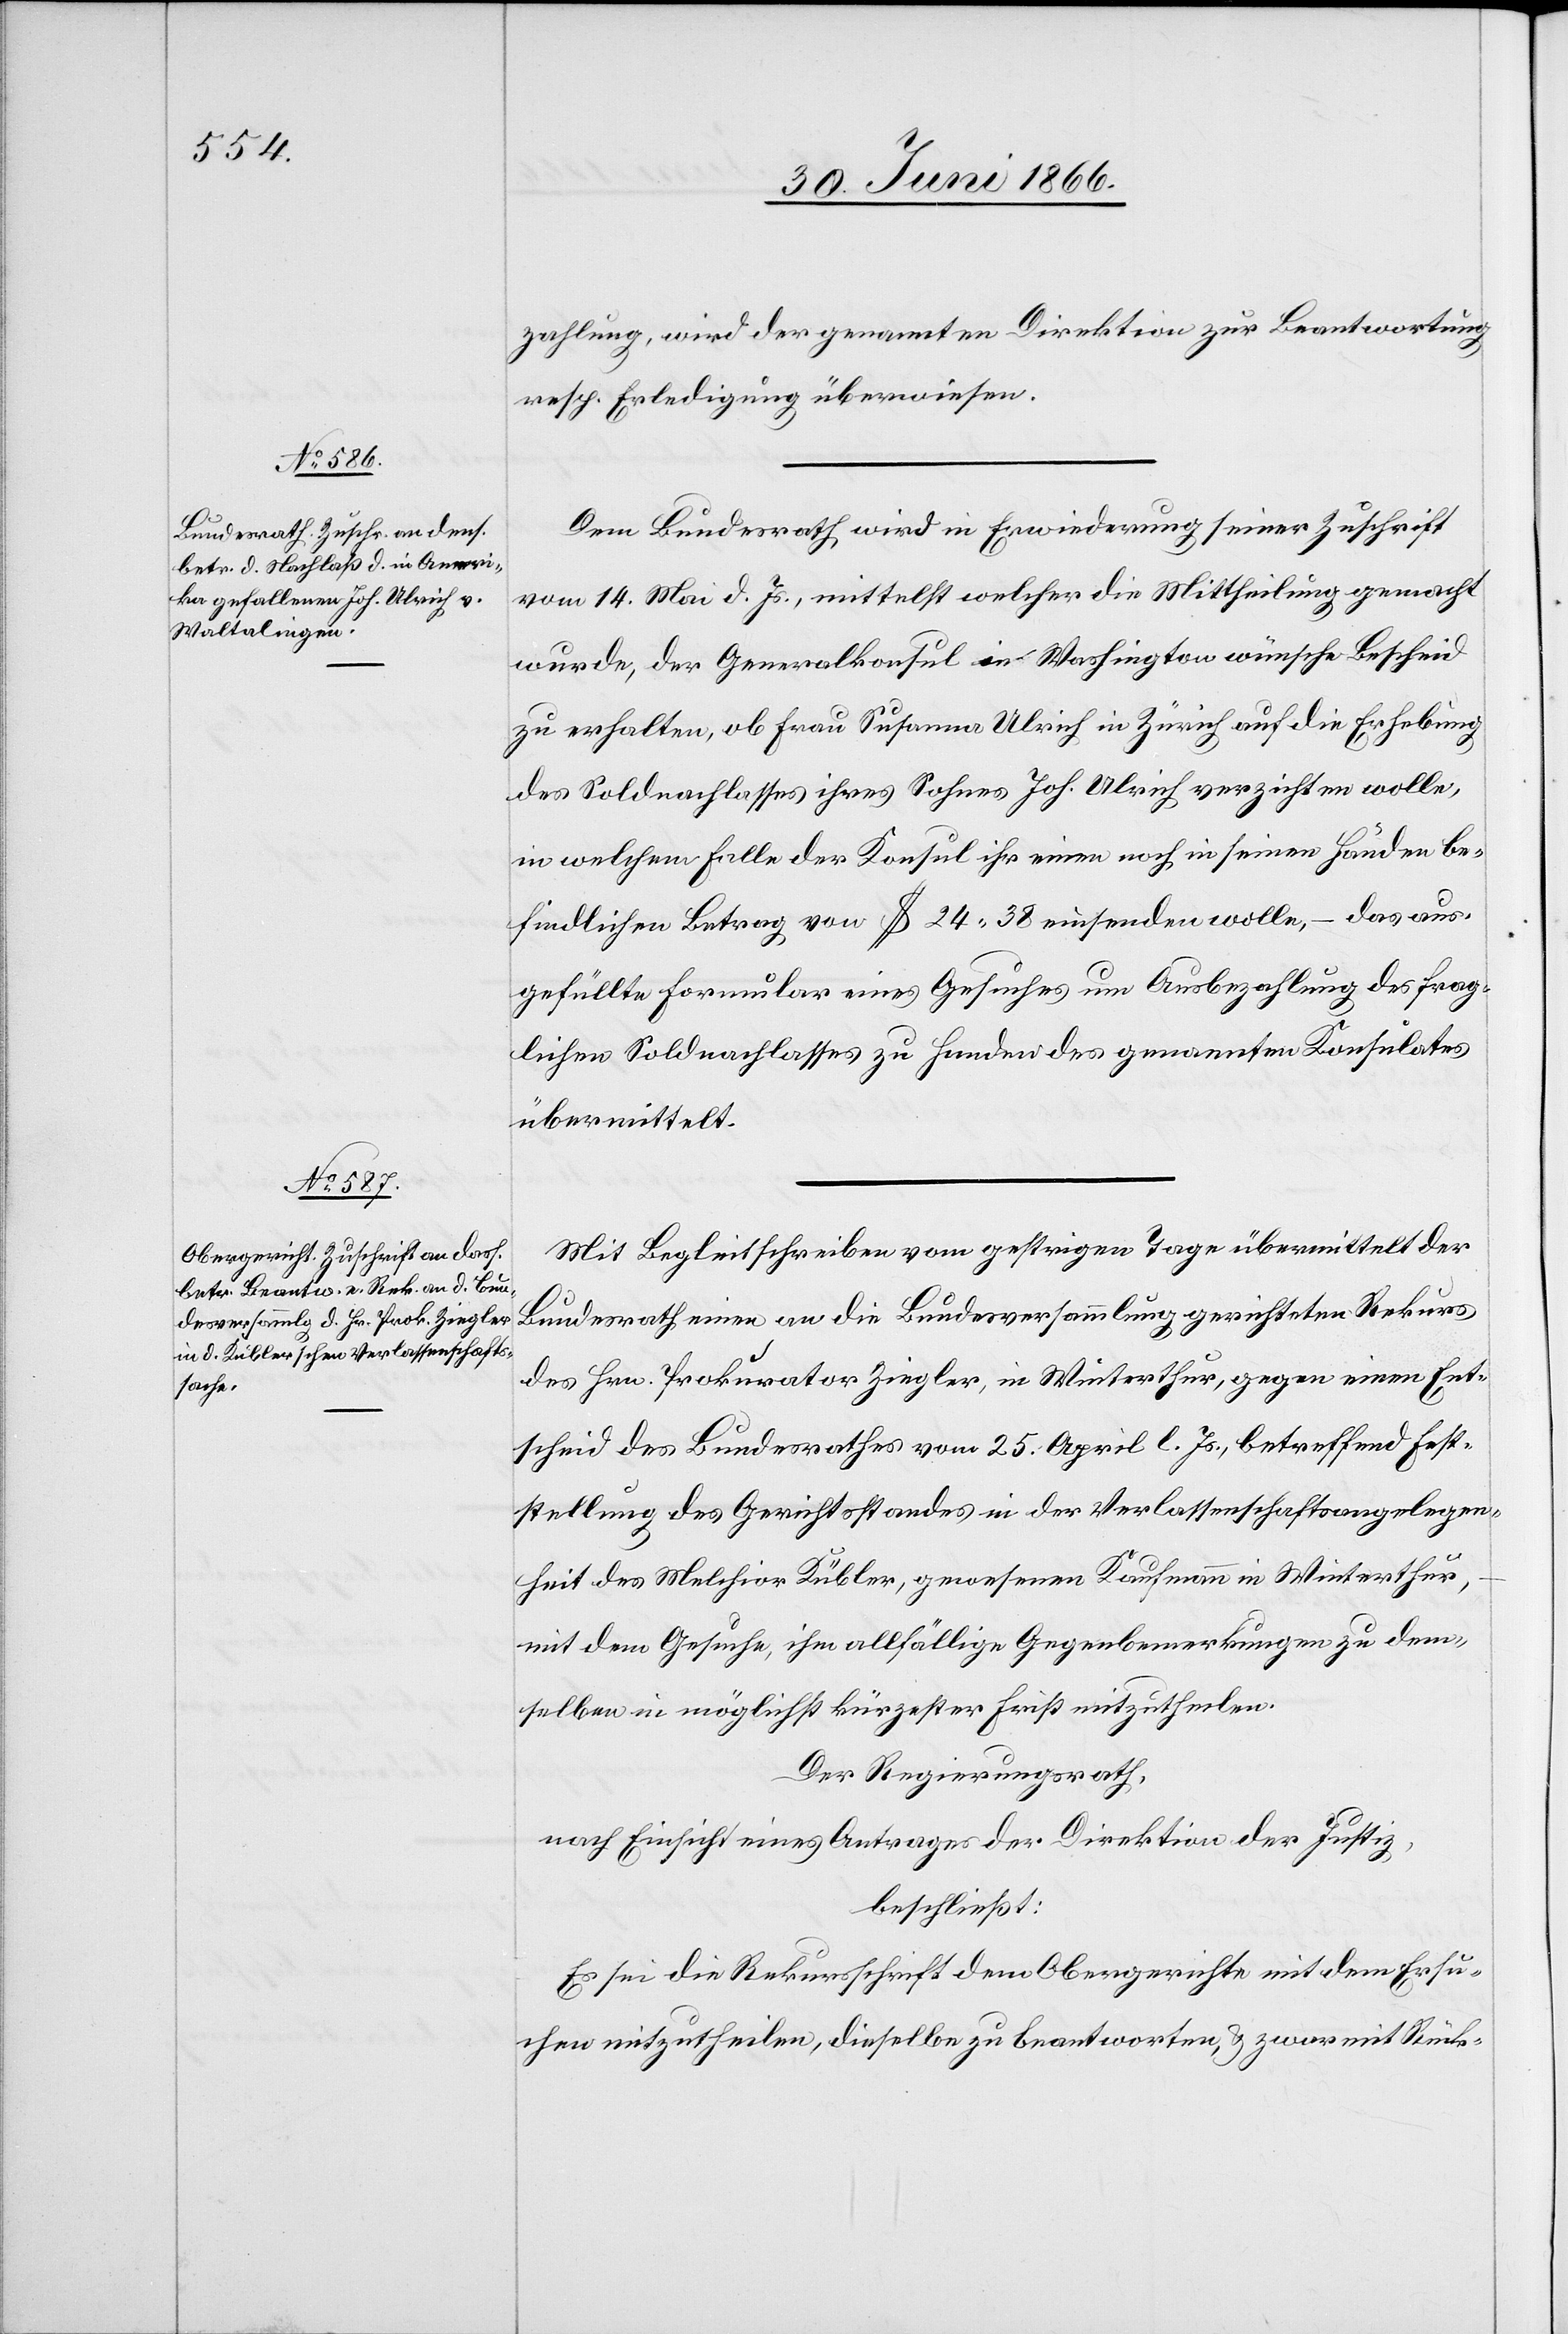
3. Juli 1866.]
zahlung, wird der genannten Direktion zur Beantwortung
resp. Erledigung überwiesen.
Dem Bundesrathe wird in Erwiederung seiner Zuschrift
vom 14. Mai d. Js., mittelst welcher die Mittheilung gemacht
wurde, der Generalkonsul in Washington wünsche Bescheid
zu erhalten, ob Frau Susanna Ulrich in Zürich auf die Erhebung
des Soldnachlasses ihres Sohnes Joh. Ulrich verzichten wolle,
in welchem Falle der Konsul ihr einen noch in seinen Händen be¬
findlichen Betrag von $ 24.38 einsenden wolle, – das aus¬
gefüllte Formular eines Gesuches um Ausbezahlung des frag¬
lichen Soldnachlasses zu Handen des genannten Konsulates
übermittelt.
Mit Begleitschreiben vom gestrigen Tage übermittelt der
Bundesrath einen an die Bundesversammlung gerichteten Rekurs
des Hrn. Prokurator Ziegler, in Winterthur, gegen einen Ent¬
scheid des Bundesrathes vom 25. April l. Js., betreffend Fest¬
stellung des Gerichtsstandes in der Verlassenschaftsangelegen¬
heit des Melchior Kübler, gewesenen Kaufmann in Winterthur,
mit dem Gesuche, ihm allfällige Gegenbemerkungen zu dem¬
selben in möglichst kürzester Frist mitzutheilen.
Der Regierungsrath,
nach Einsicht eines Antrages der Direktion der Justiz,
beschließt:
Es sei die Rekursschrift dem Obergerichte mit dem Ersu¬
chen mitzutheilen, dieselbe zu beantworten u. zwar mit Rück-